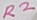
Text: R2